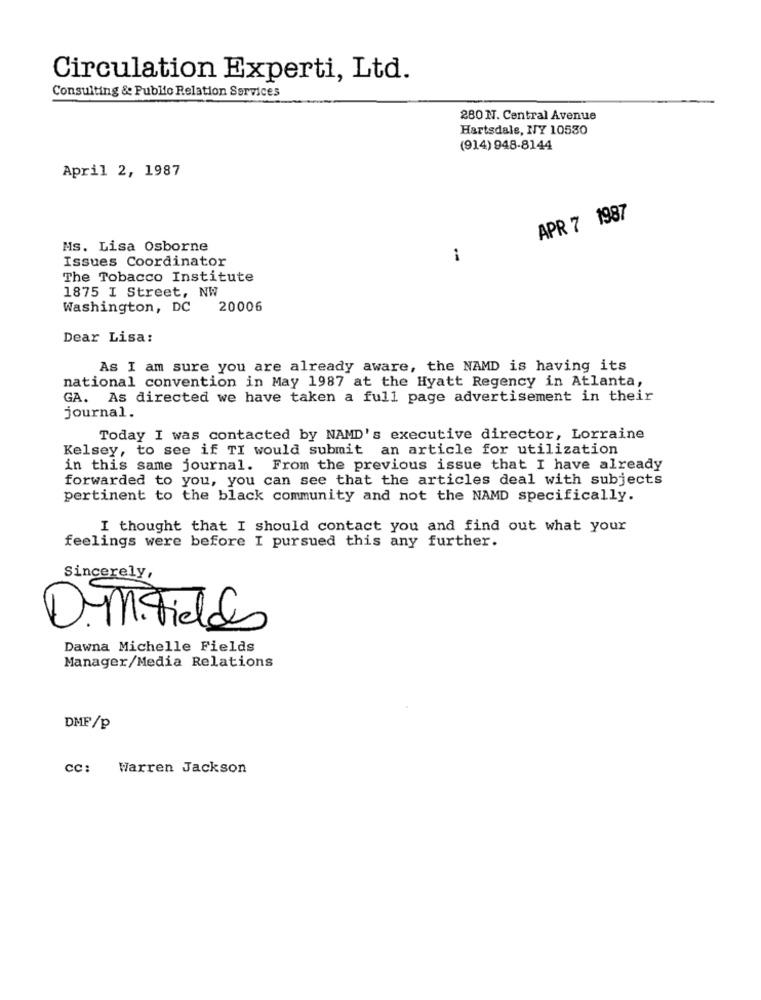
Circulation Experti, Ltd.
Consulting & Public Relation Services
280 N. Central Avenue
Hartsdale, NY 10530
(914) 948-8144
April 2, 1987
APR 7 1987
Ms. Lisa Osborne
Issues Coordinator
-
The Tobacco Institute
1875 I Street, NW
Washington, DC
20006
Dear Lisa:
As I am sure you are already aware, the NAMD is having its
national convention in May 1987 at the Hyatt Regency in Atlanta,
GA. As directed we have taken a full page advertisement in their
journal.
Today I was contacted by NAMD's executive director, Lorraine
Kelsey, to see if TI would submit an article for utilization
in this same journal. From the previous issue that I have already
forwarded to you, you can see that the articles deal with subjects
pertinent to the black community and not the NAMD specifically.
I thought that I should contact you and find out what your
feelings were before I pursued this any further.
Sincerely,
D.M.Tieldes
Dawna Michelle Fields
Manager/Media Relations
DMF/p
cc: Warren Jackson